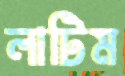
লাটিম